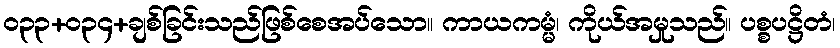
ဝ၃၃+၀၃၄+ချစ်ခြင်းသည်ဖြစ်စေအပ်သော။ ကာယကမ္မံ၊ ကိုယ်အမှုသည်။ ပစ္စပဋ္ဌိတံ၊